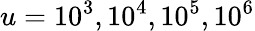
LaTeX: u=10^{3},10^{4},10^{5},10^{6}